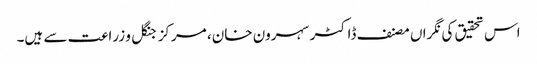
اس تحقیق کی نگراں مصنف ڈاکٹر سہرون خان، مرکز جنگل و زراعت سے ہیں۔